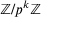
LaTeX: \mathbb { Z } / p ^ { k } \mathbb { Z }